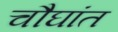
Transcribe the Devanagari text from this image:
चौघांत